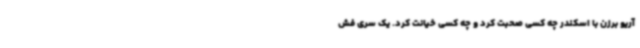
آریو برزن با اسکندر چه کسی صحبت کرد و چه کسی خیانت کرد. یک سری فش